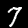
Digit: 7